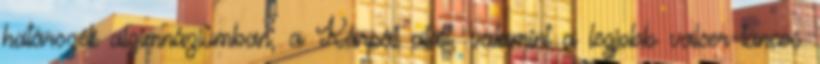
határszéli algimnáziumban, a Kárpát alatt, valamint a legjobb valcer-táncos